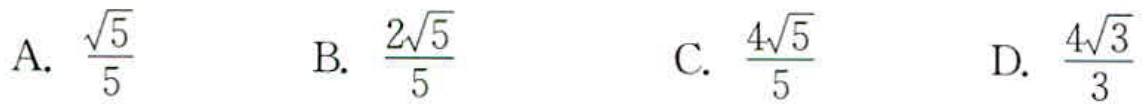
A. $\frac{\sqrt{5}}{5}$  B. $\frac{2\sqrt{5}}{5}$  C. $\frac{4\sqrt{5}}{5}$  D. $\frac{4\sqrt{3}}{3}$